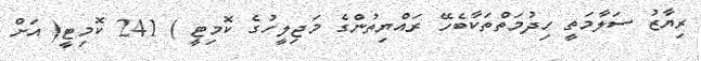
ރިޔާޒު ސަލާމަތީ ހިދުމަތްތަކާބެހޭ ރައްޔިތުންގެ މަޖިލީހުގެ ކޮމިޓީ ) 241 ކޮމިޓީ( އަށް